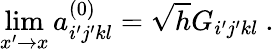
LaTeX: \operatorname*{lim}_{x^{\prime}\rightarrow x}a_{i^{\prime}j^{\prime}kl}^{(0)}=\sqrt{h}G_{i^{\prime}j^{\prime}kl}\ .